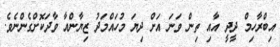
އިބްރާހިމް ދީދީ އާއި ތިން ވަނަ އަށް ދިޔަ މުހައްމަދު ޒިޔާންއާ ވާދަކޮށްގެންނެވެ.